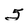
Character: 5